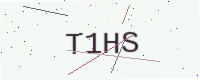
Text: T1HS